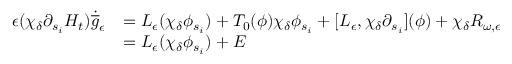
\begin{array} { r l } { \epsilon ( \chi _ { \delta } \partial _ { s _ { i } } H _ { t } ) \dot { \overline { { g } } } _ { \epsilon } } & { = L _ { \epsilon } ( \chi _ { \delta } \phi _ { s _ { i } } ) + T _ { 0 } ( \phi ) \chi _ { \delta } \phi _ { s _ { i } } + [ L _ { \epsilon } , \chi _ { \delta } \partial _ { s _ { i } } ] ( \phi ) + \chi _ { \delta } R _ { \omega , \epsilon } } \\ & { = L _ { \epsilon } ( \chi _ { \delta } \phi _ { s _ { i } } ) + E } \end{array}